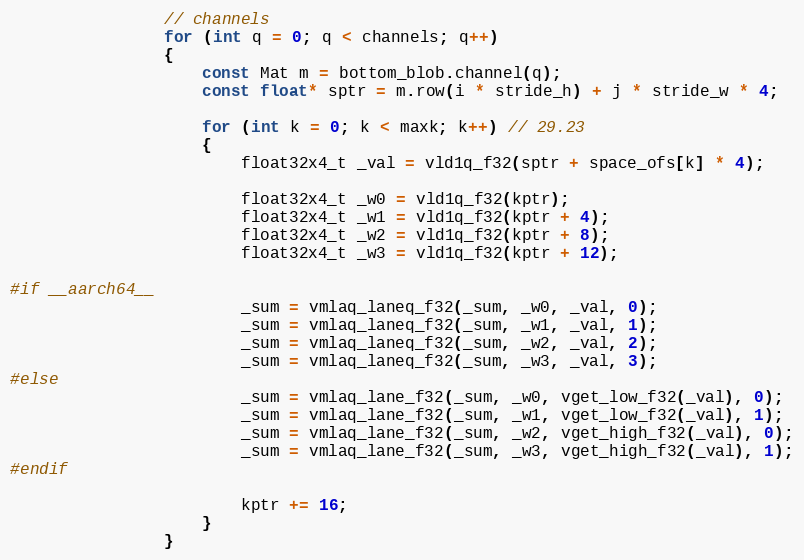
Language: C
                // channels
                for (int q = 0; q < channels; q++)
                {
                    const Mat m = bottom_blob.channel(q);
                    const float* sptr = m.row(i * stride_h) + j * stride_w * 4;

                    for (int k = 0; k < maxk; k++) // 29.23
                    {
                        float32x4_t _val = vld1q_f32(sptr + space_ofs[k] * 4);

                        float32x4_t _w0 = vld1q_f32(kptr);
                        float32x4_t _w1 = vld1q_f32(kptr + 4);
                        float32x4_t _w2 = vld1q_f32(kptr + 8);
                        float32x4_t _w3 = vld1q_f32(kptr + 12);

#if __aarch64__
                        _sum = vmlaq_laneq_f32(_sum, _w0, _val, 0);
                        _sum = vmlaq_laneq_f32(_sum, _w1, _val, 1);
                        _sum = vmlaq_laneq_f32(_sum, _w2, _val, 2);
                        _sum = vmlaq_laneq_f32(_sum, _w3, _val, 3);
#else
                        _sum = vmlaq_lane_f32(_sum, _w0, vget_low_f32(_val), 0);
                        _sum = vmlaq_lane_f32(_sum, _w1, vget_low_f32(_val), 1);
                        _sum = vmlaq_lane_f32(_sum, _w2, vget_high_f32(_val), 0);
                        _sum = vmlaq_lane_f32(_sum, _w3, vget_high_f32(_val), 1);
#endif

                        kptr += 16;
                    }
                }